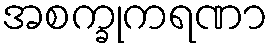
အစက္ခုကရဏာ